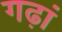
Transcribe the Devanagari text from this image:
गढ़ां